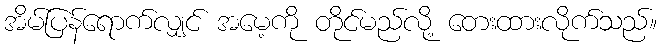
အိမ်ပြန်ရောက်လျှင် အမေ့ကို တိုင်မည်လို့ တေးထားလိုက်သည်။